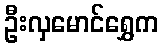
ဦးလှမောင်ရွှေက